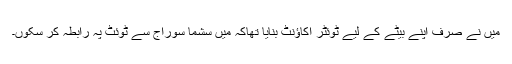
میں نے صرف اپنے بیٹے کے لیے ٹوئٹر اکاؤنٹ بنایا تھاکہ میں سشما سوراج سے ٹوئٹ پہ رابطہ کر سکوں۔